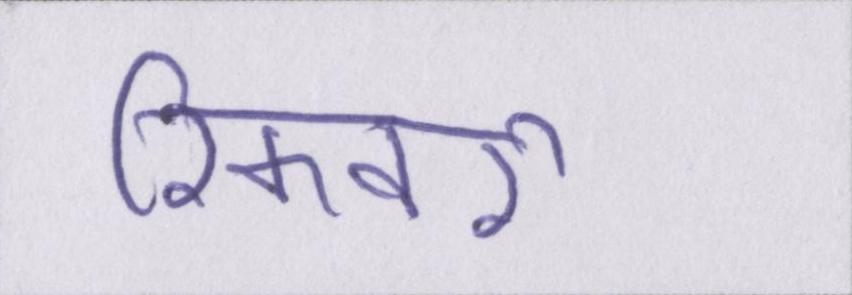
रिकवरी